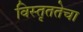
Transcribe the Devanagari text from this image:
विस्तृततेचा